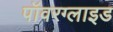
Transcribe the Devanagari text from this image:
पॉवरग्लाइड